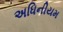
અધિનીયમ